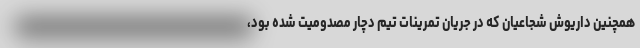
همچنین داریوش شجاعیان که در جریان تمرینات تیم دچار مصدومیت شده بود،